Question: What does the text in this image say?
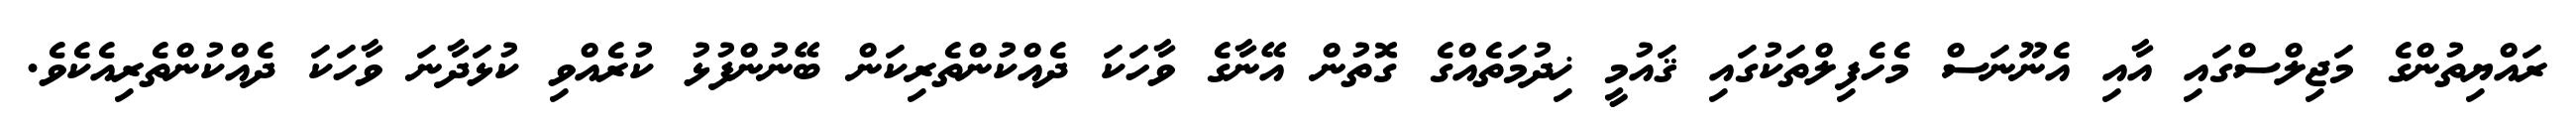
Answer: ރައްޔިތުންގެ މަޖިލްސްގައި އާއި އެނޫނަސް މެހެފިލްތަކުގައި ޤައުމީ ޚިދުމަތެއްގެ ގޮތުން އޭނާގެ ވާހަކަ ދެއްކުންތެރިކަން ބޭނުންފުޅު ކުރެއްވި ކުޅަދާނަ ވާހަކަ ދެއްކުންތެރިއެކެވެ.